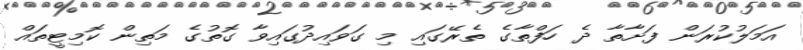
އަމަލުކުރަން ފަށާތާ ދެ ހަފްތާގެ ތެރޭގައި މި ގަވައިދުގައިވާ ގޮތުގެ މަތިން ކޮމިޓީތައް